Problem: 75 + 38 = ?
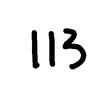
Handwritten answer: 113